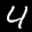
Label: 4